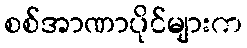
စစ်အာဏာပိုင်များက